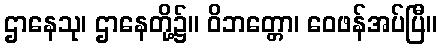
ဌာနေသု၊ ဌာနေတို့၌။ ဝိဘတ္တော၊ ဝေဖန်အပ်ပြီ။